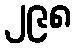
၂၉၈